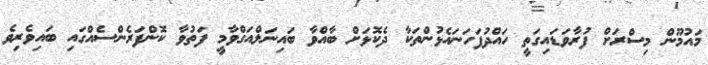
މައުމޫން މިސްރަށް ފުރާވަޑައިގަތީ ހައްދުފަހަނައެޅުންތަކާ ދެކޮޅަށް ބާއްވާ ބައިނަލްއަގްވާމީ ފަތުވާ ކޮންފަރެންސެއްގައި ބައިވެރިވެ